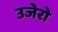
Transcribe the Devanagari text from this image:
उजेरो